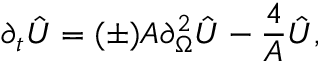
\partial _ { t } \hat { U } = ( \pm ) A \partial _ { \Omega } ^ { 2 } \hat { U } - { \frac { 4 } { A } } \hat { U } ,